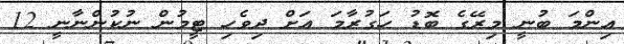
އިންމަ ބުނީ މިރޭގެ ބޮޑު ހަގުރާމަ އަށް ދިވެހި ޓީމުން ނުކުންނާނީ 12